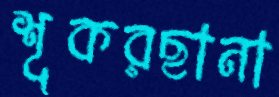
শূকরছানা